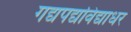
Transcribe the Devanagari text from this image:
गद्यपद्यविद्याधर